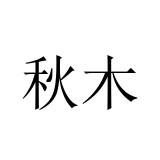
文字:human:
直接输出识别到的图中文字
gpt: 秋木